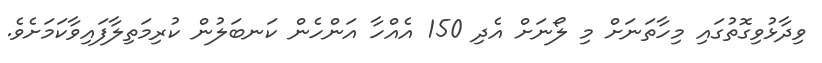
ވިދާޅުވިގޮތުގައި މިހާތަނަށް މި ލޯނަށް އެދި 150 އެއްހާ އަންހެން ކަނބަލުން ކުރިމަތިލާފައިވާކަމަށެވެ.